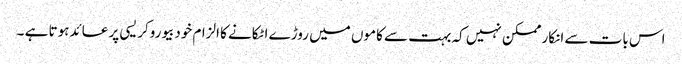
اس بات سے انکار ممکن نہیں کہ بہت سے کاموں میں روڑے اٹکانے کا الزام خودبیوروکریسی پر عائدہوتا ہے ۔